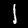
Digit: 1